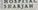
sharjah